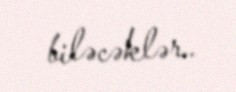
biləcəklər..